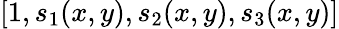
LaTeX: [1,s_{1}(x,y),s_{2}(x,y),s_{3}(x,y)]